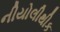
નીયોલીથીક